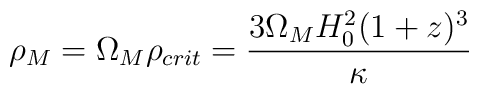
\rho_M=\Omega_M \rho_{crit}=\frac{3\Omega_M H_0^2(1+z)^3}{\kappa}